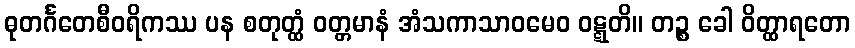
ဓုတင်္ဂတေစီဝရိကဿ ပန စတုတ္ထံ ဝတ္တမာနံ အံသကာသာဝမေဝ ဝဋ္ဋတိ။ တဉ္စ ခေါ ဝိတ္ထာရတော